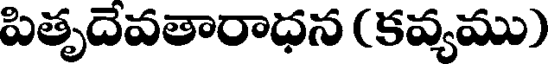
పితృదెవతారాధన (కవ్యము)